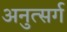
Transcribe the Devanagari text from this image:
अनुत्सर्ग